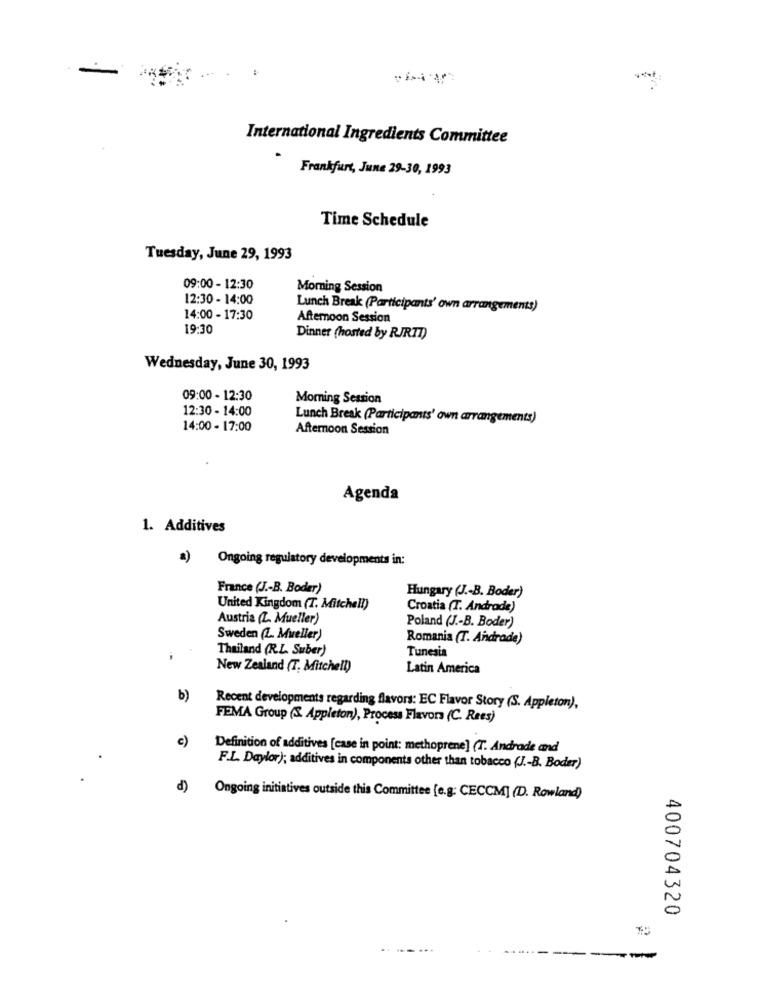
-
International Ingredients Committee
Frankfurt, June 29-30, 1993
Time Schedule
Tuesday, June 29, 1993
09:00 - 12:30
Morning Session
12:30 - 14:00
Lunch Break (Participants' own arrangements)
14:00 - 17:30
Afternoon Session
19:30
Dinner (hosted by RJRTT)
Wednesday, June 30, 1993
09:00 - 12:30
Morning Session
12:30 - 14:00
Lunch Break (Participants' own arrangements)
14:00 - 17:00
Afternoon Session
Agenda
1. Additives
a)
Ongoing regulatory developments in:
France (J .- B. Boder)
Hungary (J .- B. Boder)
United Kingdom (T. Mitchell)
Croatia (T. Andrade)
Austria (L. Mueller)
Poland (J .- B. Boder)
Sweden (L. Mueller)
Romania (T. Andrade)
Thailand (R.L. Suber)
Tunesia
New Zealand (T. Mitchell)
Latin America
b)
Recent developments regarding flavors: EC Flavor Story (S. Appleton),
FEMA Group (S. Appleton), Process Flavors (C. Rees)
c)
Definition of additives [case in point: methoprene] (T. Andrade and
F.L. Daylor); additives in components other than tobacco (J .- B. Boder)
d)
Ongoing initiatives outside this Committee [e.g: CECCM] (D. Rowland)
400704320